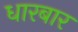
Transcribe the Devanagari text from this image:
धारबार